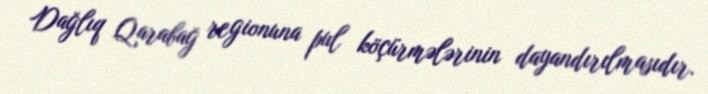
Dağlıq Qarabağ regionuna pul köçürmələrinin dayandırılmasıdır.